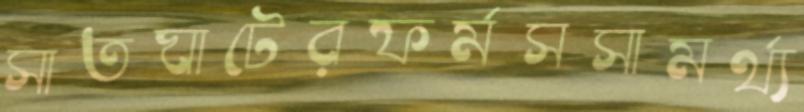
সাতঘাটেরফর্মসসামর্থ্য